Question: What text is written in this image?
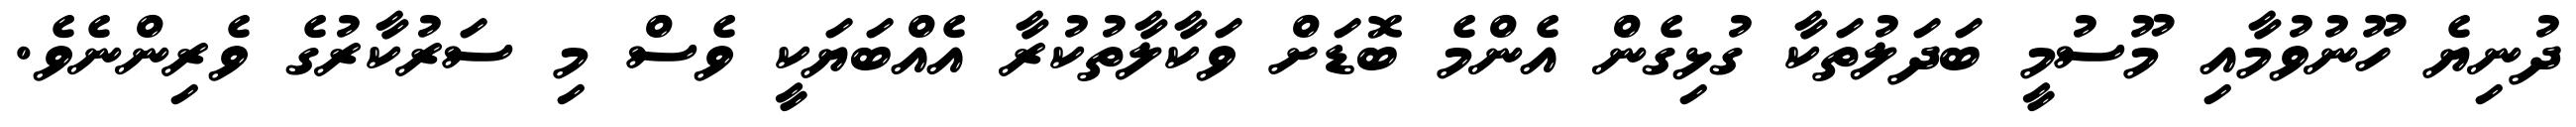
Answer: ދުނިޔެ ހޫނުވުމާއި މޫސުމީ ބަދަލުތަކާ ގުޅިގެން އެންމެ ބޮޑަށް ވަކާލާތުކުރާ އެއްބަޔަކީ ވެސް މި ސަރުކާރުގެ ވެރިންނެވެ.